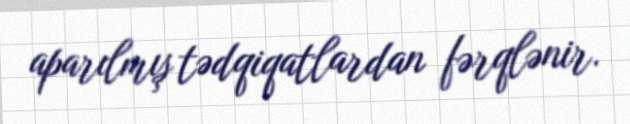
aparılmış tədqiqatlardan fərqlənir.